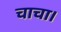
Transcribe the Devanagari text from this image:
चाचा।